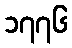
၁၇၇၆